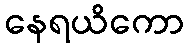
နေရယိကော